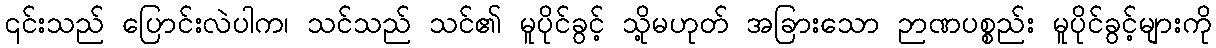
၎င်းသည် ပြောင်းလဲပါက၊ သင်သည် သင်၏ မူပိုင်ခွင့် သို့မဟုတ် အခြားသော ဉာဏပစ္စည်း မူပိုင်ခွင့်များကို